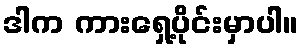
ဒါက ကားရှေ့ပိုင်းမှာပါ။